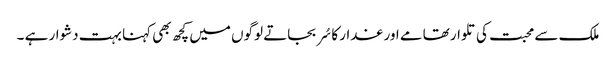
ملک سے محبت کی تلوار تھامے اور غدار کا سُر بجاتے لوگوں میں کچھ بھی کہنا بہت دشوار ہے ۔